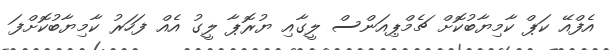
އެފްއޭ ކަޕް ކާމިޔާބުކޮށް ޗެމްޕިއަންސް ލީގާއި ޔުރޮޕާ ލީގު އެއް ފަހަރު ކާމިޔާބުކޮށްފަ